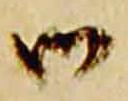
御